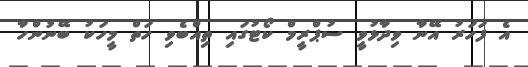
އެ ފަހަރު އޭނާ ވިދާޅުވީ ސުޕްރީމް ކޯޓުގައި ތިއްބެވި ހަތް މީހަކު ބޭނުންހާ